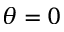
\theta = 0